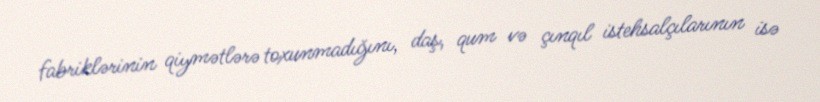
fabriklərinin qiymətlərə toxunmadığını, daş, qum və çınqıl istehsalçılarının isə